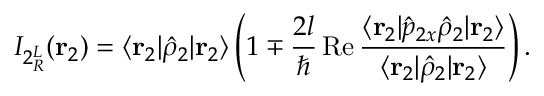
I _ { 2 { ^ L _ { R } } } ( \mathbf { r } _ { 2 } ) = \langle \mathbf { r } _ { 2 } | \hat { \rho } _ { 2 } | \mathbf { r } _ { 2 } \rangle \left( 1 \mp \frac { 2 l } { \hbar } \operatorname { R e } \frac { \langle \mathbf { r } _ { 2 } | \hat { p } _ { 2 x } \hat { \rho } _ { 2 } | \mathbf { r } _ { 2 } \rangle } { \langle \mathbf { r } _ { 2 } | \hat { \rho } _ { 2 } | \mathbf { r } _ { 2 } \rangle } \right) .